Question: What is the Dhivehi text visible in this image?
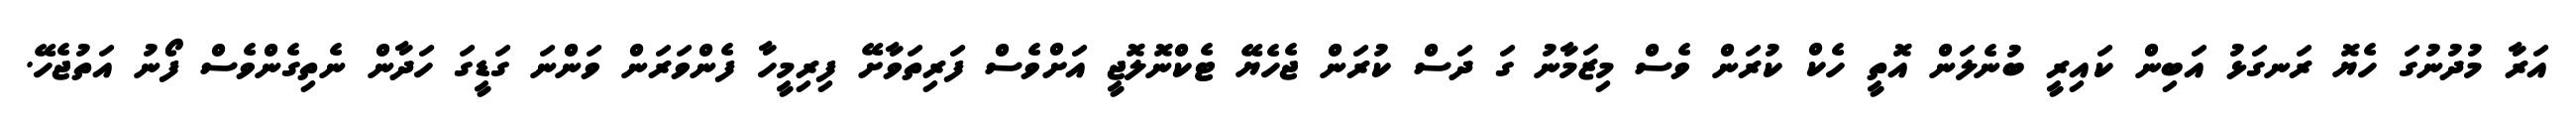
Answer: އަރާ މުދުނުގަ ހެޔޮ ރަނގަޅު އަބިން ކައިރީ ބުނެލަން އޮތީ ހެކް ކުރަން ވެސް މިޒަމާނު ގަ ދަސް ކުރަން ޖެހެޔޭ ޓެކްނޮލޮޖީ އަށްވެސް ފަރިތަވާށޭ ފިރިމީހާ ފެންވަރަން ވަންނަ ގަޑީގަ ހަދާން ނެތިގެންވެސް ފޯނު އަތުޖެހޭ.